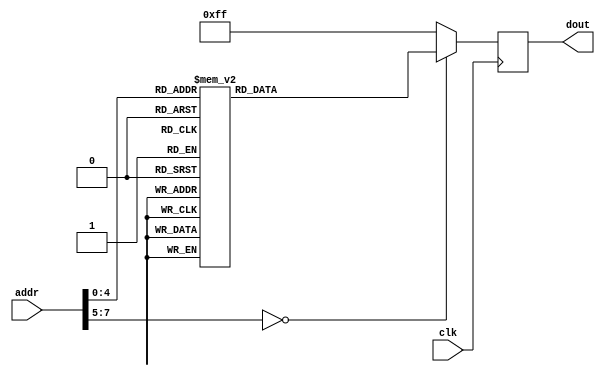
// ================================================================ 
// Verilog Mini Demo Project 
//  
// Licensed under the MIT License.
// 
// github  : https://github.com/ic7x24/verilog-mini-demo 
// ================================================================

module mini_rom (    
    input             clk,
    input      [ 7:0] addr,
    output reg [ 7:0] dout
);

always @(posedge clk) begin
    case(addr)
        8'h00: dout <= 8'h0A;
        8'h01: dout <= 8'h1A;
        8'h02: dout <= 8'h2A;
        8'h03: dout <= 8'h3A;
        8'h04: dout <= 8'h4A;
        8'h05: dout <= 8'h5A;
        8'h06: dout <= 8'h6A;
        8'h07: dout <= 8'h7A;
        8'h08: dout <= 8'h8A;
        8'h09: dout <= 8'h9A;
        8'h0A: dout <= 8'hAA;
        8'h0B: dout <= 8'hBA;
        8'h0C: dout <= 8'hCA;
        8'h0D: dout <= 8'hDA;
        8'h0E: dout <= 8'hEA;
        8'h0F: dout <= 8'hFA;

        8'h10: dout <= 8'h50;
        8'h11: dout <= 8'h51;
        8'h12: dout <= 8'h52;
        8'h13: dout <= 8'h53;
        8'h14: dout <= 8'h54;
        8'h15: dout <= 8'h55;
        8'h16: dout <= 8'h56;
        8'h17: dout <= 8'h57;
        8'h18: dout <= 8'h58;
        8'h19: dout <= 8'h59;
        8'h1A: dout <= 8'h5A;
        8'h1B: dout <= 8'h5B;
        8'h1C: dout <= 8'h5C;
        8'h1D: dout <= 8'h5D;
        8'h1E: dout <= 8'h5E;
        8'h1F: dout <= 8'h5F;

        default: dout <= 8'hff;
    endcase
end

endmodule